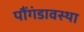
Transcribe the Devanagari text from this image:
पौंगंडावस्था